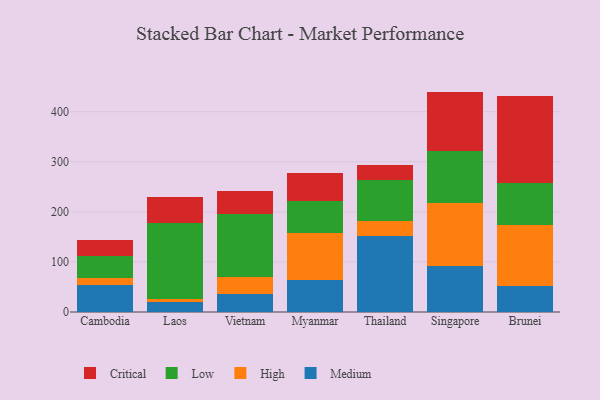
{"axis": {"x": "Country", "y": "Shipments"}, "legend": ["Critical", "High", "Low", "Medium"], "data": [{"x": "Cambodia", "y": 53.9, "type": "Medium"}, {"x": "Cambodia", "y": 14.0, "type": "High"}, {"x": "Cambodia", "y": 44.1, "type": "Low"}, {"x": "Cambodia", "y": 31.7, "type": "Critical"}, {"x": "Laos", "y": 19.9, "type": "Medium"}, {"x": "Laos", "y": 5.5, "type": "High"}, {"x": "Laos", "y": 152.6, "type": "Low"}, {"x": "Laos", "y": 50.7, "type": "Critical"}, {"x": "Vietnam", "y": 36.3, "type": "Medium"}, {"x": "Vietnam", "y": 34.4, "type": "High"}, {"x": "Vietnam", "y": 124.4, "type": "Low"}, {"x": "Vietnam", "y": 46.9, "type": "Critical"}, {"x": "Myanmar", "y": 63.8, "type": "Medium"}, {"x": "Myanmar", "y": 93.7, "type": "High"}, {"x": "Myanmar", "y": 64.6, "type": "Low"}, {"x": "Myanmar", "y": 55.4, "type": "Critical"}, {"x": "Thailand", "y": 152.8, "type": "Medium"}, {"x": "Thailand", "y": 28.2, "type": "High"}, {"x": "Thailand", "y": 82.3, "type": "Low"}, {"x": "Thailand", "y": 31.0, "type": "Critical"}, {"x": "Singapore", "y": 91.9, "type": "Medium"}, {"x": "Singapore", "y": 125.5, "type": "High"}, {"x": "Singapore", "y": 103.2, "type": "Low"}, {"x": "Singapore", "y": 119.6, "type": "Critical"}, {"x": "Brunei", "y": 52.3, "type": "Medium"}, {"x": "Brunei", "y": 122.3, "type": "High"}, {"x": "Brunei", "y": 82.3, "type": "Low"}, {"x": "Brunei", "y": 173.6, "type": "Critical"}]}